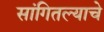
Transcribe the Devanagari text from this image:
सांगितल्याचे